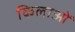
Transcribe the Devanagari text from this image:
किलाओं